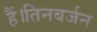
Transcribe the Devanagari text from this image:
हैं।तिनबर्जन